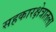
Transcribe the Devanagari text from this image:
सहकारक्षेत्रातला